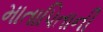
માતાપિતાની